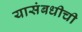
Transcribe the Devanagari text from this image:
यासंबधीची